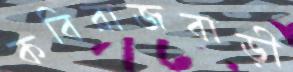
কবিরাজবাড়ী